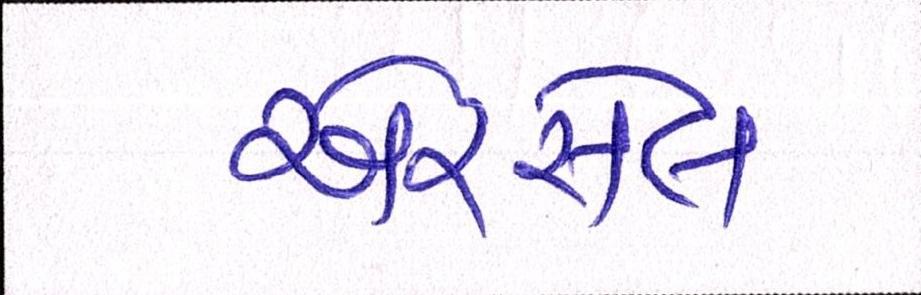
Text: એરસેલ